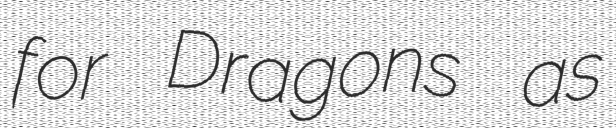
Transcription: for Dragons as